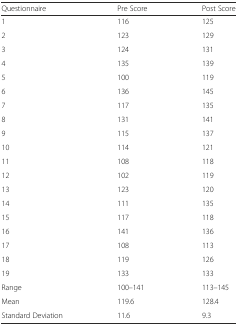
<table><thead><tr><td><b>Questionnaire</b></td><td><b>Pre Score</b></td><td><b>Post Score</b></td></tr></thead><tbody><tr><td>1</td><td>116</td><td>125</td></tr><tr><td>2</td><td>123</td><td>129</td></tr><tr><td>3</td><td>124</td><td>131</td></tr><tr><td>4</td><td>135</td><td>139</td></tr><tr><td>5</td><td>100</td><td>119</td></tr><tr><td>6</td><td>136</td><td>145</td></tr><tr><td>7</td><td>117</td><td>135</td></tr><tr><td>8</td><td>131</td><td>141</td></tr><tr><td>9</td><td>115</td><td>137</td></tr><tr><td>10</td><td>114</td><td>121</td></tr><tr><td>11</td><td>108</td><td>118</td></tr><tr><td>12</td><td>102</td><td>119</td></tr><tr><td>13</td><td>123</td><td>120</td></tr><tr><td>14</td><td>111</td><td>135</td></tr><tr><td>15</td><td>117</td><td>118</td></tr><tr><td>16</td><td>141</td><td>136</td></tr><tr><td>17</td><td>108</td><td>113</td></tr><tr><td>18</td><td>119</td><td>126</td></tr><tr><td>19</td><td>133</td><td>133</td></tr><tr><td>Range</td><td>100–141</td><td>113–145</td></tr><tr><td>Mean</td><td>119.6</td><td>128.4</td></tr><tr><td>Standard Deviation</td><td>11.6</td><td>9.3</td></tr></tbody></table>